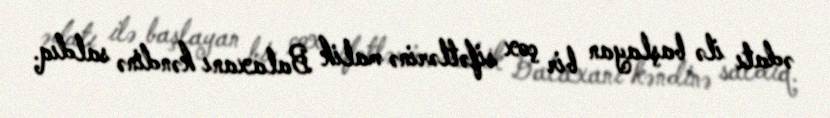
ədatı ilə başlayan bir çox sifətlərinə malik Balaxanı kəndinə saldıq.